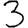
Digit: 3